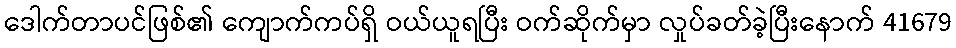
ဒေါက်တာပင်ဖြစ်၏ ကျောက်ကပ်ရှိ ဝယ်ယူရပြီး ဝက်ဆိုက်မှာ လှုပ်ခတ်ခဲ့ပြီးနောက် 41679